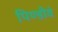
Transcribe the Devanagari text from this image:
पिण्डीवं